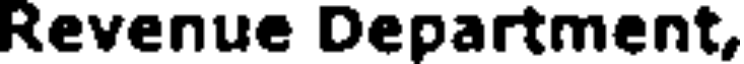
Revenue Department,